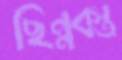
ছিন্নবস্ত্র